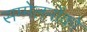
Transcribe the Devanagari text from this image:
सम्मेलनोंको